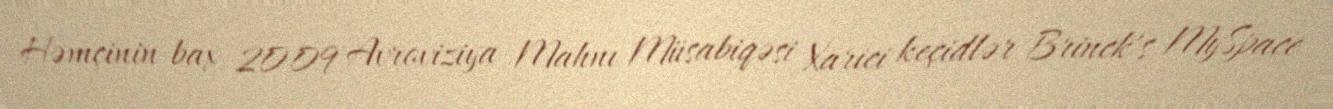
Həmçinin bax 2009 Avroviziya Mahnı Müsabiqəsi Xarici keçidlər Brinck's MySpace